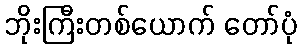
ဘိုးကြီးတစ်ယောက် တော်ပုံ